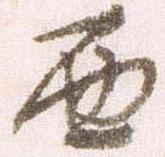
西